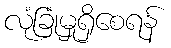
လုံခြုံမှုရှိစေရန်